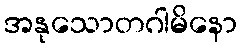
အနုသောတဂါမိနော